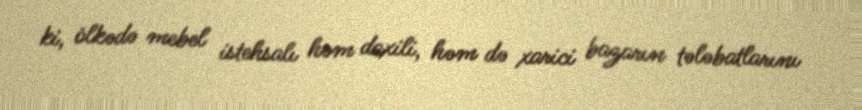
ki, ölkədə mebel istehsalı həm daxili, həm də xarici bazarın tələbatlarını